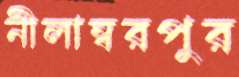
নীলাম্বরপুর